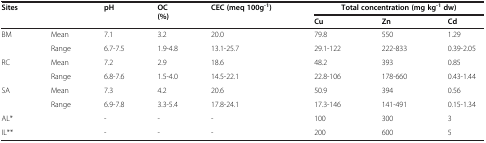
<table><thead><tr><td><b>Sites</b></td><td><b> </b></td><td><b>pH</b></td><td><b>OC (%)</b></td><td><b>CEC (meq 100g<sup>-1</sup>)</b></td><td colspan="3"><b>Total concentration (mg kg<sup>-1</sup>dw)</b></td></tr><tr><td><b> </b></td><td><b> </b></td><td><b> </b></td><td><b> </b></td><td><b> </b></td><td><b>Cu</b></td><td><b>Zn</b></td><td><b>Cd</b></td></tr></thead><tbody><tr><td>BM</td><td>Mean</td><td>7.1</td><td>3.2</td><td>20.0</td><td>79.8</td><td>550</td><td>1.29</td></tr><tr><td> </td><td>Range</td><td>6.7-7.5</td><td>1.9-4.8</td><td>13.1-25.7</td><td>29.1-122</td><td>222-833</td><td>0.39-2.05</td></tr><tr><td>RC</td><td>Mean</td><td>7.2</td><td>2.9</td><td>18.6</td><td>48.2</td><td>393</td><td>0.85</td></tr><tr><td> </td><td>Range</td><td>6.8-7.6</td><td>1.5-4.0</td><td>14.5-22.1</td><td>22.8-106</td><td>178-660</td><td>0.43-1.44</td></tr><tr><td>SA</td><td>Mean</td><td>7.3</td><td>4.2</td><td>20.6</td><td>50.9</td><td>394</td><td>0.56</td></tr><tr><td> </td><td>Range</td><td>6.9-7.8</td><td>3.3-5.4</td><td>17.8-24.1</td><td>17.3-146</td><td>141-491</td><td>0.15-1.34</td></tr><tr><td>AL*</td><td> </td><td>-</td><td>-</td><td>-</td><td>100</td><td>300</td><td>3</td></tr><tr><td>IL**</td><td> </td><td>-</td><td>-</td><td>-</td><td>200</td><td>600</td><td>5</td></tr></tbody></table>